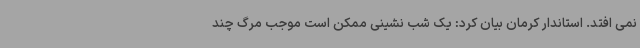
نمی افتد. استاندار کرمان بیان کرد: یک شب نشینی ممکن است موجب مرگ چند